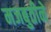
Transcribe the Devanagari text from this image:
मजबुतीने